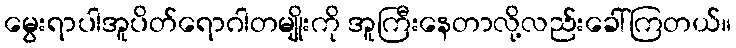
မွေးရာပါအူပိတ်ရောဂါတမျိုးကို အူကြီးနေတာလို့လည်းခေါ်ကြတယ်။